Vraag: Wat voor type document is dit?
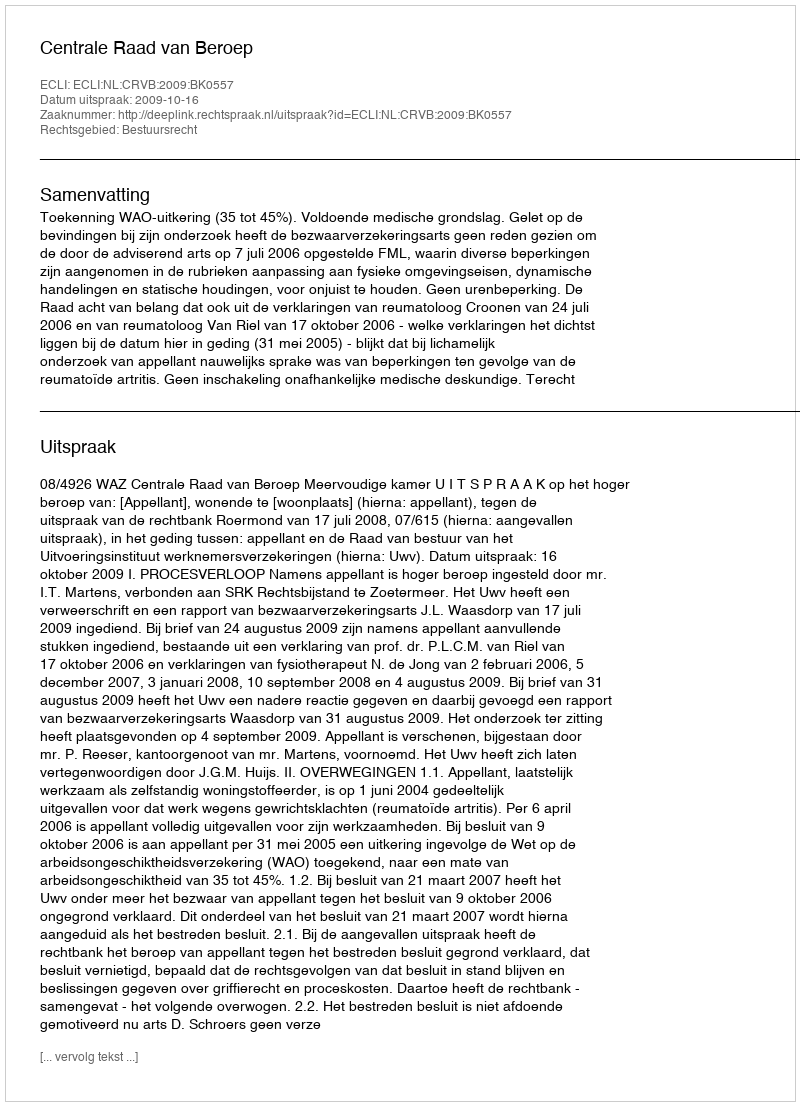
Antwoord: Uitspraak